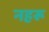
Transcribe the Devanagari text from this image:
नहरू